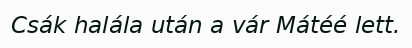
Csák halála után a vár Mátéé lett.